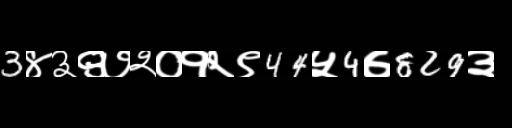
Text: 3४३९७२०१२९44५4७829३